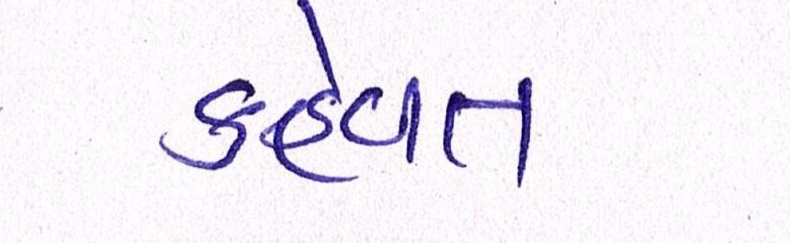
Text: કહેવત